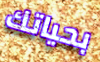
بحياتك